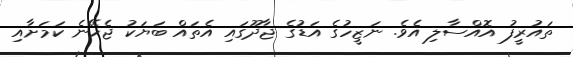
ތައުރީފު އޮއްސާލި އެވެ. ނަޒީހުގެ އަޑުގެ ޖާދޫގައި އެތައް ބަޔަކު ޖެހޭނެ ކަމަށާއި